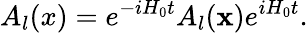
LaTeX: A_{l}(x)=e^{-iH_{0}t}A_{l}({\mathbf x})e^{iH_{0}t}.